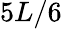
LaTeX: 5L/6